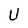
Character: U